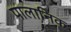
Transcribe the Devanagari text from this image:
पालानिक